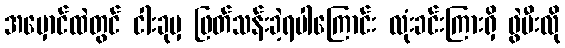
အမှောင်ထဲတွင် ငါးခုမှ ဖြတ်သန်းခဲ့ရပါကြောင်း လုံးခင်းကြားရှိ ဖွဲမီးလို